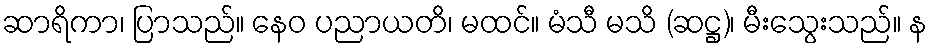
ဆာရိကာ၊ ပြာသည်။ နေဝ ပညာယတိ၊ မထင်။ မံသီ မသိ (ဆဋ္ဌ)၊ မီးသွေးသည်။ န